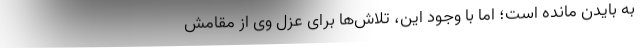
به بایدن مانده است؛ اما با وجود این، تلاش‌ها برای عزل وی از مقامش